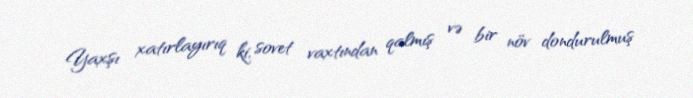
Yaxşı xatırlayırıq ki, sovet vaxtından qalmış və bir növ dondurulmuş